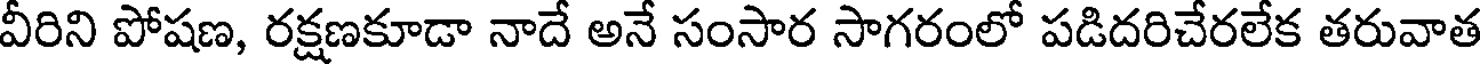
వీరిని పోషణ, రక్షణకూడా నాదే అనే సంసార సాగరంలో పడిదరిచేరలేక తరువాత